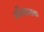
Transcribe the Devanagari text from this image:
प्रतिशासक